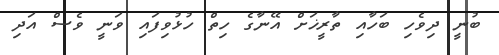
ބުނީ ދިވެހި ބަހާއި ތާރީޚަށް އޭނާގެ ހިތް ހުޅުވިފައި ވަނީ ވެސް އަދި